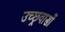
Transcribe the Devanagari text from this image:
उच्छ्रवासों